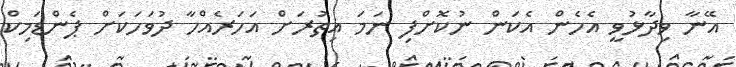
އޭނާ ވިދާޅުވީ އެހެން އެކަން ނުކޮށްފި ނަމަ އިތުރަށް އަހަރެއްހާ ދުވަހަކަށް ޕެންޑަމިކް